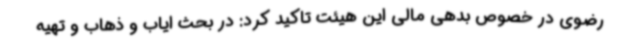
رضوی در خصوص بدهی مالی این هیئت تاکید کرد: در بحث ایاب و ذهاب و تهیه